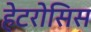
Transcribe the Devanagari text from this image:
हेटरोसिस